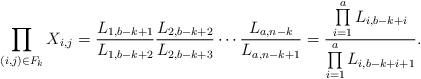
LaTeX: \begin{align*}\prod_{(i,j)\in F_k}X_{i,j}=\frac{L_{1,b-k+1}}{L_{1,b-k+2}}\frac{L_{2,b-k+2}}{L_{2,b-k+3}}\cdots \frac{L_{a,n-k}}{L_{a,n-k+1}}=\frac{\prod\limits_{i=1}^aL_{i,b-k+i}}{\prod\limits_{i=1}^aL_{i,b-k+i+1}}.\end{align*}